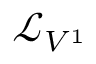
{ \mathcal { L } } _ { V ^ { 1 } }